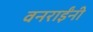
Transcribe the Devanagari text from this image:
वनराईंनी